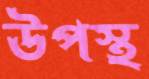
উপস্থ